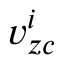
v _ { z c } ^ { i }